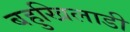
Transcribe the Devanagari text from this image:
बहुखिलाडी